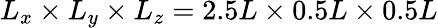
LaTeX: L_{x}\times L_{y}\times L_{z}=2.5L\times 0.5L\times 0.5L